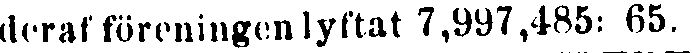
deraf föreningen lyftat 7,997,485: 65.